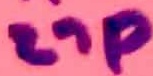
Text: 27p